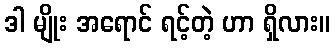
ဒါ မျိုး အရောင် ရင့်တဲ့ ဟာ ရှိလား။